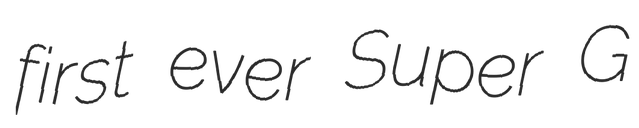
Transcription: first ever Super G